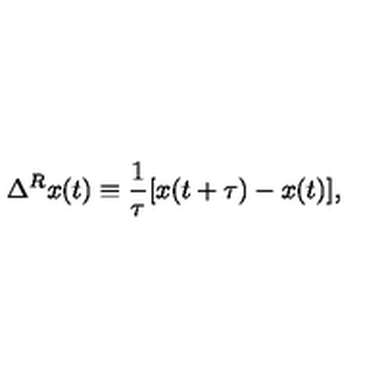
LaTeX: \Delta ^ { R } x ( t ) \equiv \frac { 1 } { \tau } [ x ( t + \tau ) - x ( t ) ] ,